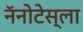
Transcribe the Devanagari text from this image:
नॅनोटेस्ला